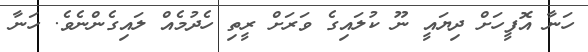
ހަނާ އޮފީހަށް ދިޔައީ ނޫ ކުލައިގެ ވަރަށް ރީތި ހެދުމެއް ލައިގެންނެވެ. ހަނާ